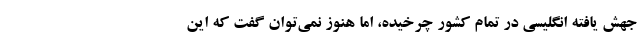
جهش یافته انگلیسی در تمام کشور چرخیده، اما هنوز نمی‌توان گفت که این